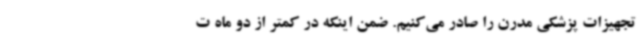
تجهیزات پزشکی مدرن را صادر می‌کنیم. ضمن اینکه در کمتر از دو ماه ت